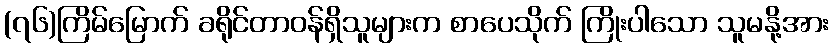
(၇၆)ကြိမ်မြောက် ခရိုင်တာဝန်ရှိသူများက စာပေသိုက် ကြိုးပါသော သူမနို့အား